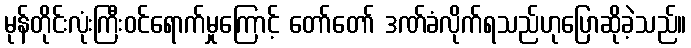
မုန်တိုင်းလုံးကြီးဝင်ရောက်မှုကြောင့် တော်တော် ဒဏ်ခံလိုက်ရသည်ဟုပြောဆိုခဲ့သည်။